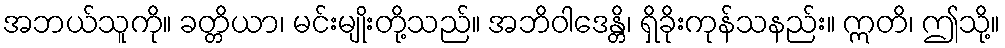
အဘယ်သူကို။ ခတ္တိယာ၊ မင်းမျိုးတို့သည်။ အဘိဝါဒေန္တိ၊ ရှိခိုးကုန်သနည်း။ ဣတိ၊ ဤသို့။